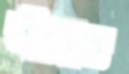
আঁরাত